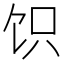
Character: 𬲬